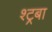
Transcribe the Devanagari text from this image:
श्ट्रबा